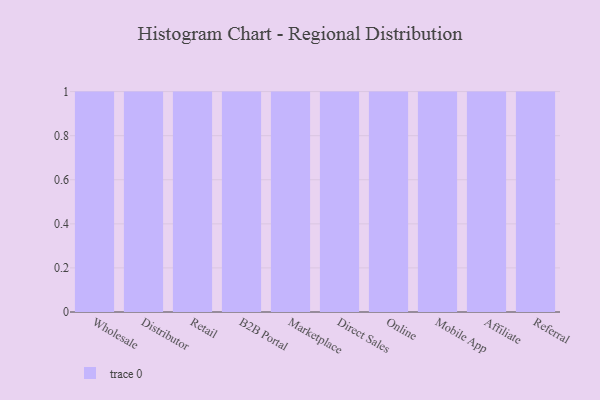
{"axis": {"x": "Channel", "y": "Satisfaction Score"}, "legend": [""], "data": [{"x": "Wholesale", "y": 12, "type": ""}, {"x": "Distributor", "y": 100, "type": ""}, {"x": "Retail", "y": 27, "type": ""}, {"x": "B2B Portal", "y": 70, "type": ""}, {"x": "Marketplace", "y": 9, "type": ""}, {"x": "Direct Sales", "y": 50, "type": ""}, {"x": "Online", "y": 25, "type": ""}, {"x": "Mobile App", "y": 100, "type": ""}, {"x": "Affiliate", "y": 15, "type": ""}, {"x": "Referral", "y": 38, "type": ""}]}